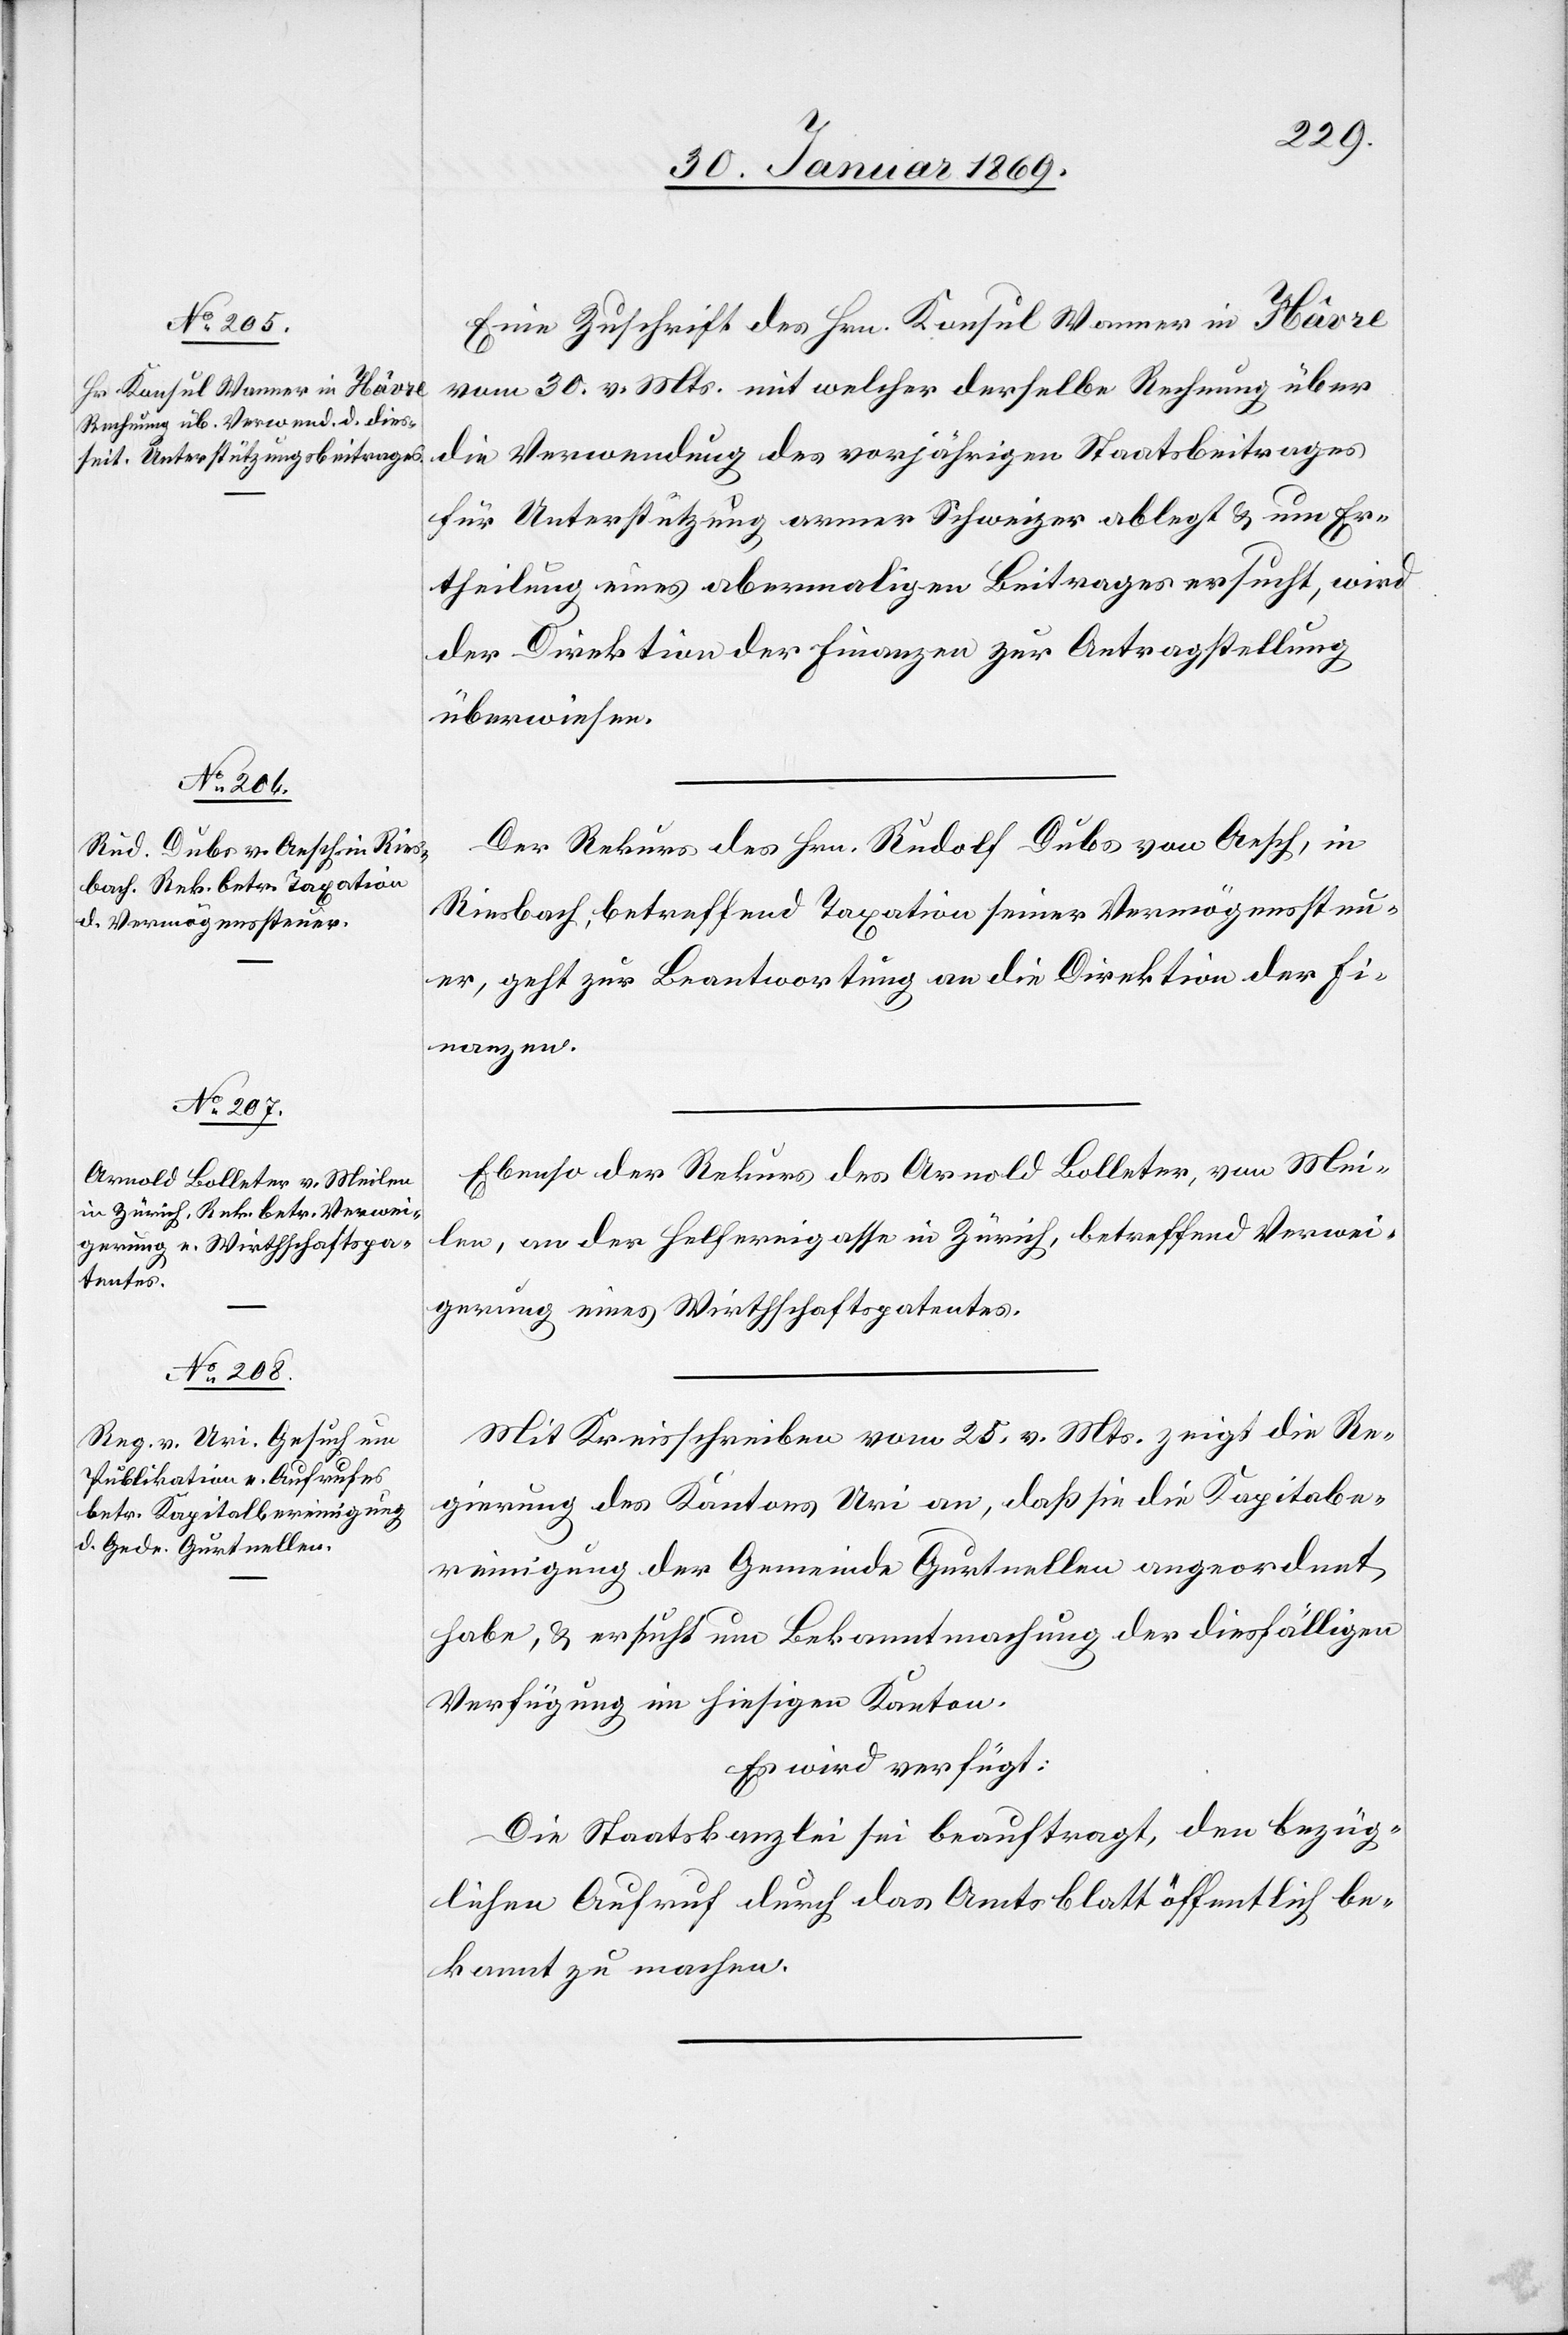
1.
1869.]
Eine Zuschrift des Hrn. Konsul Wanner in Hâvre
vom 30v. Mts. mit welcher derselbe Rechnung über
die Verwendung des vorjährigen Staatsbeitrages
für Unterstützung armer Schweizer ablegt u. um Er¬
theilung eines abermaligen Beitrages ersucht, wird
der Direktion der Finanzen zur Antragstellung
überwiesen.
Der Rekurs des Hrn. Rudolf Dubs von Aesch, in
Riesbach, betreffend Taxation seiner Vermögenssteu¬
er, geht zur Beantwortung an die Direktion der Fi¬
nanzen.
Ebenso der Rekurs des Arnold Bolleter, von Mei¬
len, an der Helfereigasse in Zürich, betreffend Verwei¬
gerung eines Wirthschaftspatentes.
Mit Kreisschreiben vom 25 v. Mts. zeigt die Re¬
gierung des Kantons Uri an, daß sie in die Kapitalbe¬
reinigung der Gemeinde Gurtnellen angeordnet
habe, u. ersucht um Bekanntmachung der diesfälligen
Verfügung im hiesigen Kanton.
Es wird verfügt:
Die Staatskanzlei sei beauftragt, den bezüg¬
lichen Aufruf durch das Amtsblatt öffentlich be¬
kannt zu machen.